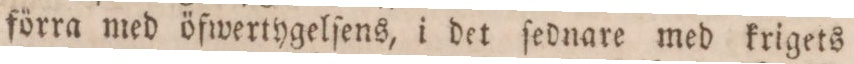
förra med öfwertygelſens, i det ſednare med krigets